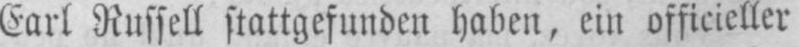
Earl Russel stattgefunden haben, ein officieller